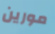
مورين